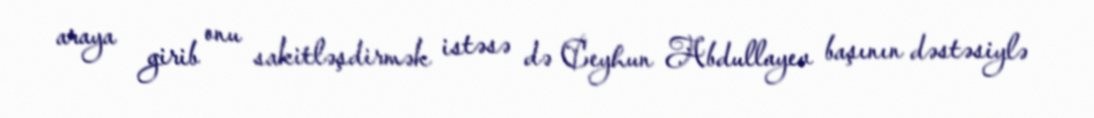
araya girib onu sakitləşdirmək istəsə də Ceyhun Abdullayev başının dəstəsiylə